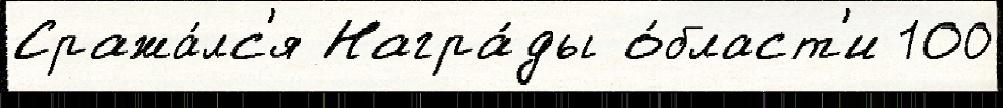
Сража́лс'я Награ́ды о́бласт'и 100